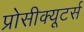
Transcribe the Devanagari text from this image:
प्रोसीक्यूटर्स